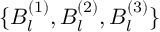
\{ B _ { l } ^ { ( 1 ) } , B _ { l } ^ { ( 2 ) } , B _ { l } ^ { ( 3 ) } \}